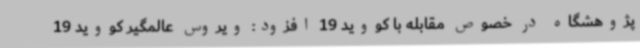
پژوهشگاه در خصوص مقابله با کووید 19 افزود: ویروس عالمگیر کووید 19